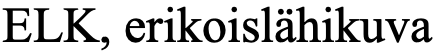
ELK, erikoislähikuva